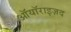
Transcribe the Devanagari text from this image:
ऑयॉराइज़द